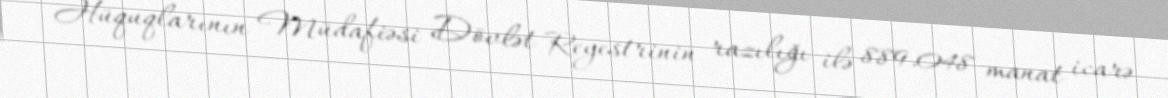
Hüquqlarının Müdafiəsi Dövlət Reyestrinin razılığı ilə 889.048 manat icarə